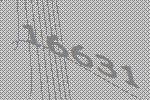
16631